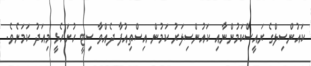
ކައުންސިލްގެ ރައީސްކަމުންނާއި ކައުންސިލަރު ކަމުން އިސްތިއުފާ ދެއްވާ ސިޓީ ހުށަހެޅީ މިއަދު ކަމަށެވެ.